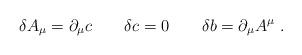
LaTeX: \begin{align*}\delta A_\mu =\partial _\mu c \qquad \delta c=0 \qquad \delta b=\partial_\mu A^\mu\ .\end{align*}